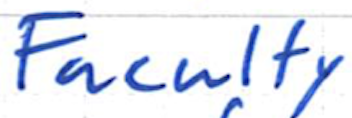
Text: Faculty
Cross-out: clean
Writing tool: ballpoint